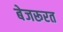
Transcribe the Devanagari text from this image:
बेजरूरत